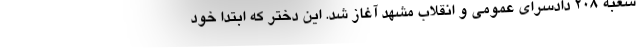
شعبه ۲۰۸ دادسرای عمومی و انقلاب مشهد آغاز شد. این دختر که ابتدا خود